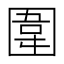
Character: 圍